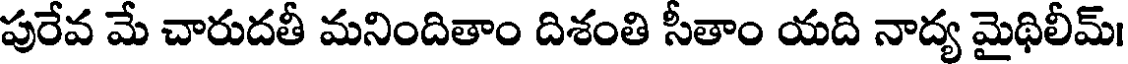
పురేవ మే చారుదతీ మనిందితాం దిశంతి సీతాం యది నాద్య మైథిలీమ్